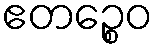
ဧတဉ္စေဝ